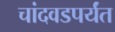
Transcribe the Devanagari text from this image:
चांदवडपर्यंत